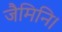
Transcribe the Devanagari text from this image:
जैमिनि।